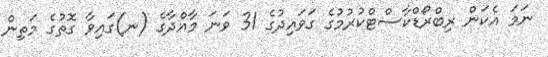
ނަމަ އެކަން ރިބްރޯޑްކާސްޓްކުރުމުގެ ގަވައިދުގެ 31 ވަނަ މާއްދާގެ (ނ)ގައިވާ ގޮތުގެ މަތިން